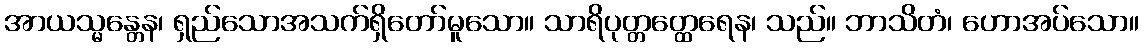
အာယသ္မန္တေန၊ ရှည်သောအသက်ရှိတော်မူသော။ သာရိပုတ္တတ္ထေရေန၊ သည်။ ဘာသိတံ၊ ဟောအပ်သော။